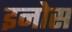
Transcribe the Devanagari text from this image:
इनोस